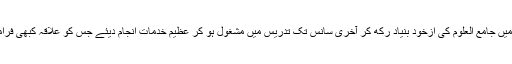
اور گوپلا پور شاہ میں جامع العلوم کی ازخود بنیاد رکھ کر آخری سانس تک تدریس میں مشغول ہو کر عظیم خدمات انجام دیئے جس کو علاقہ کبھی فراموش نہیں کرسکتا۔